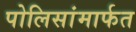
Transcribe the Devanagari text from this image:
पोलिसांमार्फत